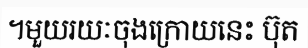
។មួយរយៈចុងក្រោយនេះ ប៊ុត